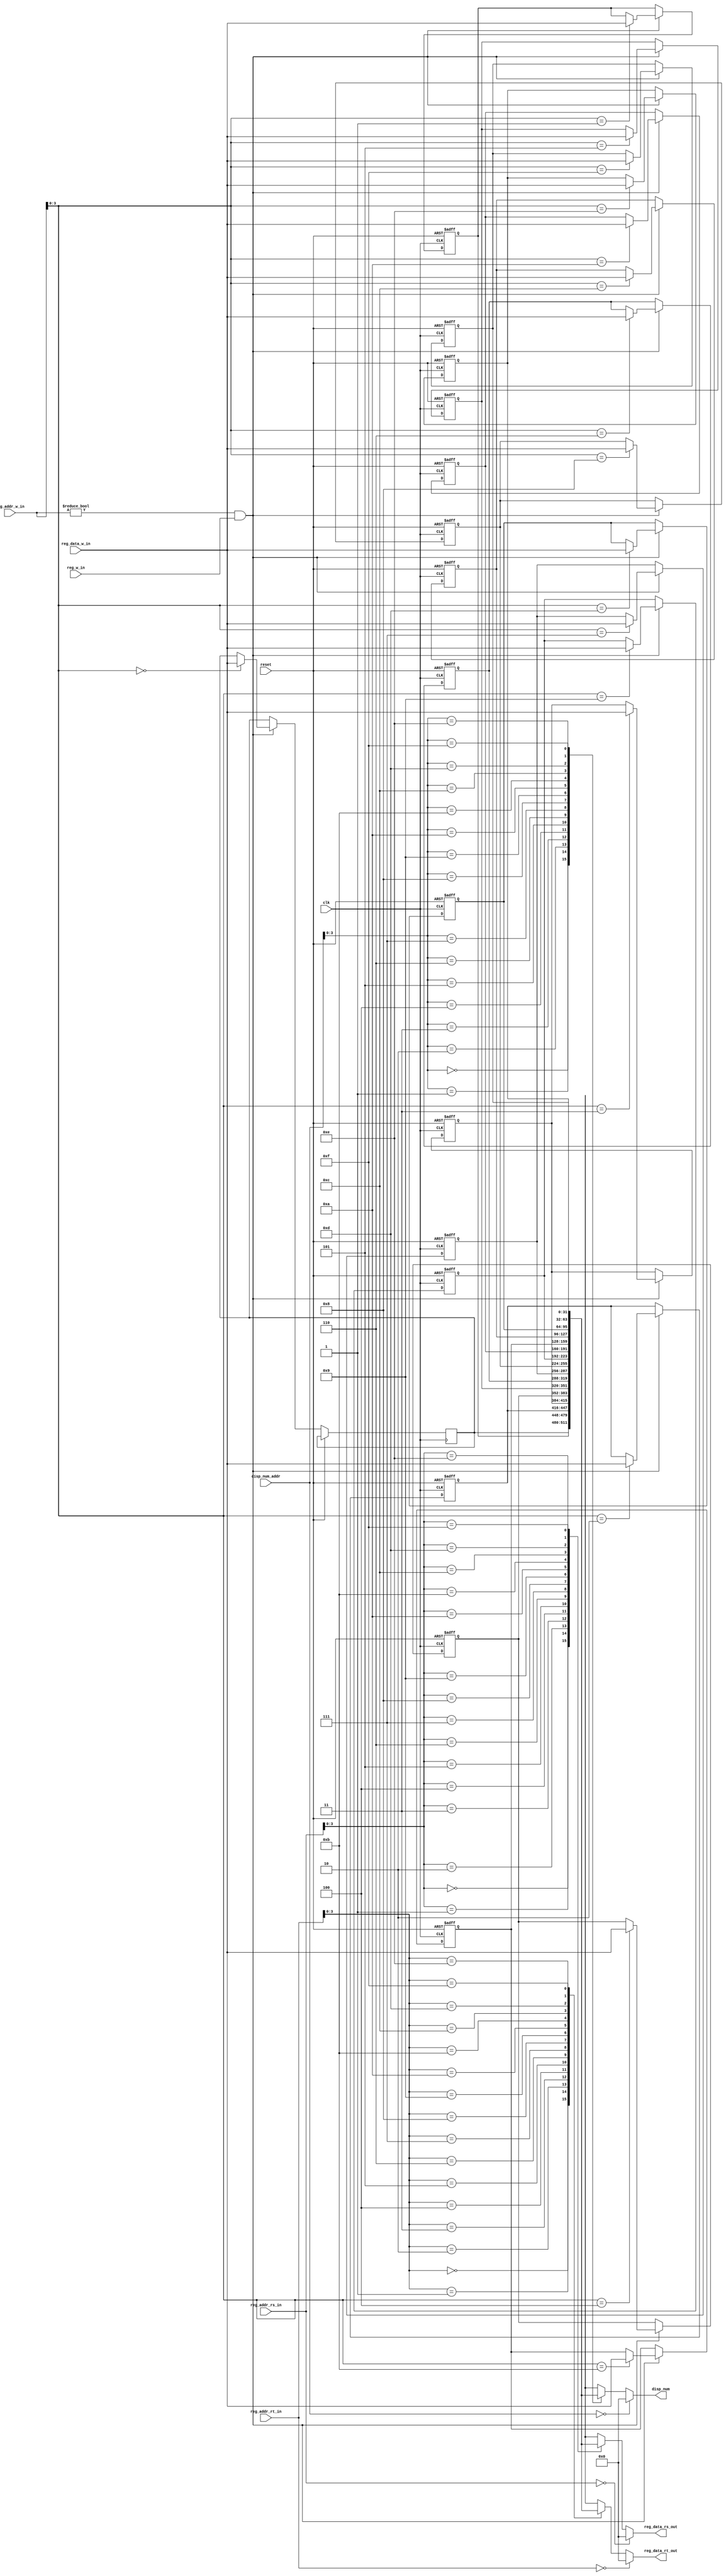
module RegisterFile(clk,reset,
reg_addr_rs_in,reg_addr_rt_in,
reg_w_in,reg_data_w_in,reg_addr_w_in,
reg_data_rs_out,reg_data_rt_out,
disp_num_addr,disp_num
    );
input clk,reset; 
input [4:0]reg_addr_rs_in,reg_addr_rt_in; 
input reg_w_in;            
input [4:0]reg_addr_w_in;
input [31:0]reg_data_w_in;    

 
output [31:0]reg_data_rs_out,reg_data_rt_out; //data read out
	
input [4:0] disp_num_addr;
output [31:0] disp_num;


reg[31:0]register[1:15];  
integer i ;
assign reg_data_rs_out=(reg_addr_rs_in==0)?0:register[reg_addr_rs_in];
assign reg_data_rt_out=(reg_addr_rt_in==0)?0:register[reg_addr_rt_in];
assign disp_num=(disp_num_addr==0)?0:register[disp_num_addr];

always @(posedge clk or posedge reset)
begin
	 if(reset==1)
		 begin
			for (i=1;i<16;i=i+1)
			register[i]<=0;
		 end 
	 else 
		 begin 
			 if((reg_addr_w_in!=0)&&(reg_w_in==1))
			  register[reg_addr_w_in]<=reg_data_w_in;
		 end		 
end
endmodule